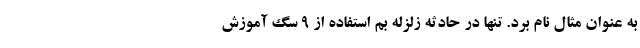
به عنوان مثال نام برد. تنها در حادثه زلزله بم استفاده از 9 سگ آموزش